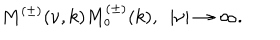
LaTeX: M ^ { ( \pm ) } ( \nu , k ) M _ { o } ^ { ( \pm ) } ( k ) , ~ ~ | \nu | \rightarrow \infty .